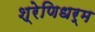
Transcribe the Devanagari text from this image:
श्रेणिधर्म